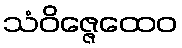
သံဝိဇ္ဇေထေဝ